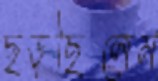
ছড়ছিলেম